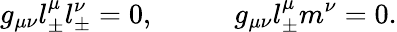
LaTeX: g_{\mu\nu}l_{\pm}^{\mu}l_{\pm}^{\nu}=0,\; \; \; \; \; \; \; \; \; \; g_{\mu\nu}l_{\pm}^{\mu}m^{\nu}=0.